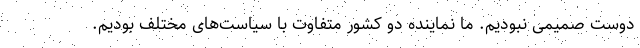
دوست صمیمی نبودیم. ما نماینده دو کشور متفاوت با سیاست‌های مختلف بودیم.